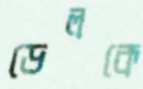
ডেলকে